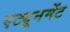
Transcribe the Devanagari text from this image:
एट्यूनमेंट